King Institute of Preventive Medicine Micro-Biological Section reports 1909-11
Year: 1909
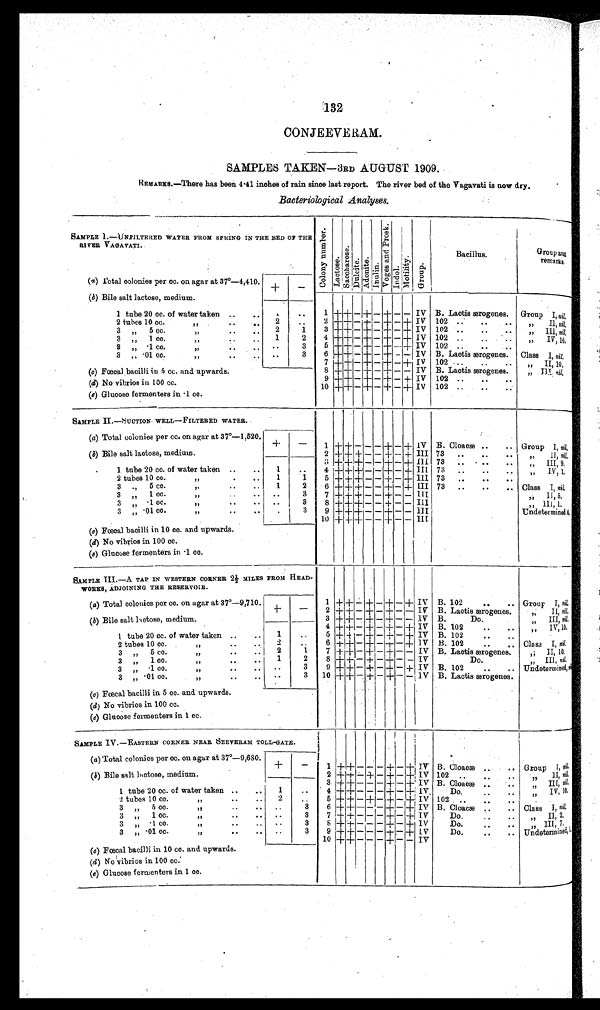
132
CONJEEVERAM.
SAMPLES TAKEN—3RD AUGUST 1909.
REMARKS.—There has been 4.41 inches of rain since last report. The river bed of the Vagavati is now dry.
Bacteriological Analyses.
SAMPLE I.—UNFILTERED WATER FROM SPRING IN THE BED OF THE
RIVER
V E R V A G A V A T I .
C o l o n y n u m b e r .
L a c t o s e . S a c c h a r o s e .
Dulcite.
A d o n i t e .
I n u l i n .
V o g e s a n d P r o s k .
Indol.
M o t i l i t y .
Group.
Bacillus.
Group and
remarks.
—
(a ) Total colonies per cc. on agar at 37°—4,410.
+
(b) Bile salt lactose, medium.
_
1 tube 20 cc. of water taken ..
..
1
. .
1 +
+ — + — + — — IV B. Lactis ærogenes. Group I,n i l .
2 tubes 10 cc. "
2
..
2 + + — + — + — + IV 102 ...
....
" I I ,n
i l .
3 „ 5 cc. ,,
. . ... 2
1
3 + + — + — + — + IV 102 ..
..
„ III, n i l .
3 „ 1 cc. "
1
2
4 + + — + — + — + IV 102 ..
.. ..
" IV, 10.
3 „ .1 cc. . .
. .
3
5 + +
—
+ - +
—
+ IV 102 ..
.. ...
3 „ .01 cc.
..
..
3
6 + ++
—
+ — + - + IV B. Lactis ærogenes. Class I, n i l .
..
3 7 + +
—
++
—
+
—
+ IV 102 ...
..
.. „ II, 10.
(c) Fœcal bacilli in 5 cc. and upwards.
8 + + — + — + — — IV B. Lactis ærogenes.
" III, nil.
9 + ++
—
+
—
+ — + IV 102
(d) No vibrios in 100 cc.
10 + ++
—
+ — + — + IV 102 ..
..
(e) Glucose fermenters in .1 cc.
SAMPLE II.—SUCTION WELL—FILTERED WATER.
(a) Total colonies per cc. on agar at 37°—1,520. c +
—
1 + + — — — + — + IV B. Cloacæ..
.. Group I, n i l .
(b) Bile salt lactose, medium.
2 + + + — — + — + III 73 ..
..
..
„ II, n i l .
3 + + + — — + — + III 73 . . . . . . .
" I I I , 9 .
1 tube 20 cc. of water taken
..
1
..
4 + + + — — + — + III 73 ..
..
„ IV, 1
.
2 tubes 10 cc. " ..
1
1
5 + + + — — + — +
I I I 73 ..
..
..
3 " 5 cc. ,,
..
..
1
2
6 + + + — — + — + III 73 ..
..
.. Class I, n i l .
3 „ 1 cc. " ..
..
3
7 + + +
— —
+
— —
III
" I I , 5 .
3 „ .1 cc. "
. . . . ..
3
8 + +
+
— —
+ — — III
,, III, 1.
3 „ .01 cc. ,,
. . . . .
3
9 + + +
— —
+
— —
III
Undetermined 4.
10 + + +
— —
+
—
- III
(c ) Fœcal bacilli in 10 cc. and upwards.
(d) No vibrios in 100 cc.
(e ) Glucose fermenters in .1 cc.
SAMPLE III.—A TAP IN WESTERN CORNER 2½ MILES FROM HEAD-
WORKS, ADJOINING THE RESERVOIR.
(a ) Total colonies per cc. on agar at 37°—9,710
+ _
1 + + — + — + — + IV B. 102
..
.. Group I, n i l .
2 + + _+ _ + _ _ IV B. Lactis ærogenes.
" II, nil.
(b) Bile salt lactose, medium.
3 + + — + — + _ _ IV B.
Do.
„ III, nil.
4 + + — + — + — + IV B. 102
..
..
„ IV, 10.
1 tube 20 cc. of water taken ..
..
1
..
5 + + — + — + — + IV B. 102
..
..
2 t u b e s 1 0 c c . "
2
..
6 + + — + — + — + IV B. 102
..
Clasa I, n i l .
3 „ 5 cc. " . . .
.
2
1
7 + + — + _ + — — IV B. Lactis ærogenes,
" II, 10.
3 „ 1 cc. "
..
1
2
8 + + — + — + — — IV
Do.
" III, nil.
3 „ .1 cc. ,,
..
..
. .
3
9 + + — + — + — + IV B. 102
..
.. Undetermined, n i l
3 „ .01 cc. " .. ..
. .
3 10 + + — + — + — — IV B. Lactis ærogenes.
(c) Fœcal bacilli in 5 cc. and upwards.
(d) No vibrios in 100 cc.
(e ) Glucose fermenters in 1 cc.
SAMPLE IV.—EASTERN CORNER NEAR SEEVERAM TOLL-GATE.
(a ) Total colonies per cc. on agar at 37°—9,680.
+
—
1 + ++ _ _ - + — + IV B. Cloacæ
.. Group 1,n i l
.
(b) Bile salt lactose, medium.
2 + + _ + — + — + IV 102 ..
.
" I I , n i l .
3 + + — — — + — + IV B. Cloacæ
,, III, n i l .
1 tube 20 cc. of water taken ..
..
1
..
4 + + — — — + — + IV
Do.
" IV, 10.
2 tubes 10 cc. " .. .. 2
..
5 + + — + _ + — + IV 102 ..
3 „ 5 cc. "
. .
3
6 + + — _ — + — + IV B. Cloacæ
.. Class I, n i l .
3 „ 1 cc. .. ..
..
3
7 + + — — — + — + IV
Do.
" I I , 2 .
3 „ .1 cc. "
.. ..
3
8 + + _ — — + — + IV
Do.
..
..
„ III, 7.
3 „ .01 cc. "
.. .. ..
3
9 + + —
_ — + — + IV
Do.
..
.. U n d e t e r m i n e d , 1 .
10 + + _ _ — + _ — IV
( c) Fœcal bacilli in 10 cc. and upwards.
(d) No vibrios in 100 cc.
(e ) Glucose fermenters in 1 cc.